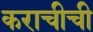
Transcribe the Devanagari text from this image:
कराचीची